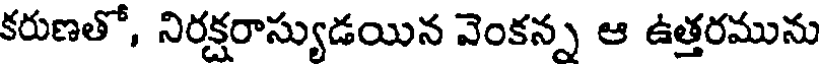
కరుణతో, నిరక్షరాస్యుడయిన వెంకన్న ఆ ఉత్తరమును